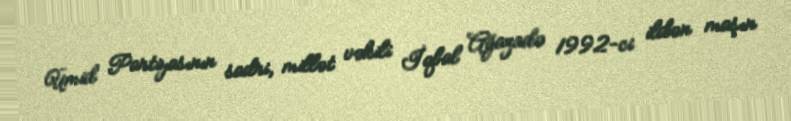
Ümid Partiyasının sadri, millət vəkili İqbal Ağazadə 1992-ci ildən maşın